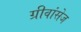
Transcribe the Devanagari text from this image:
ग्रीवांसेज